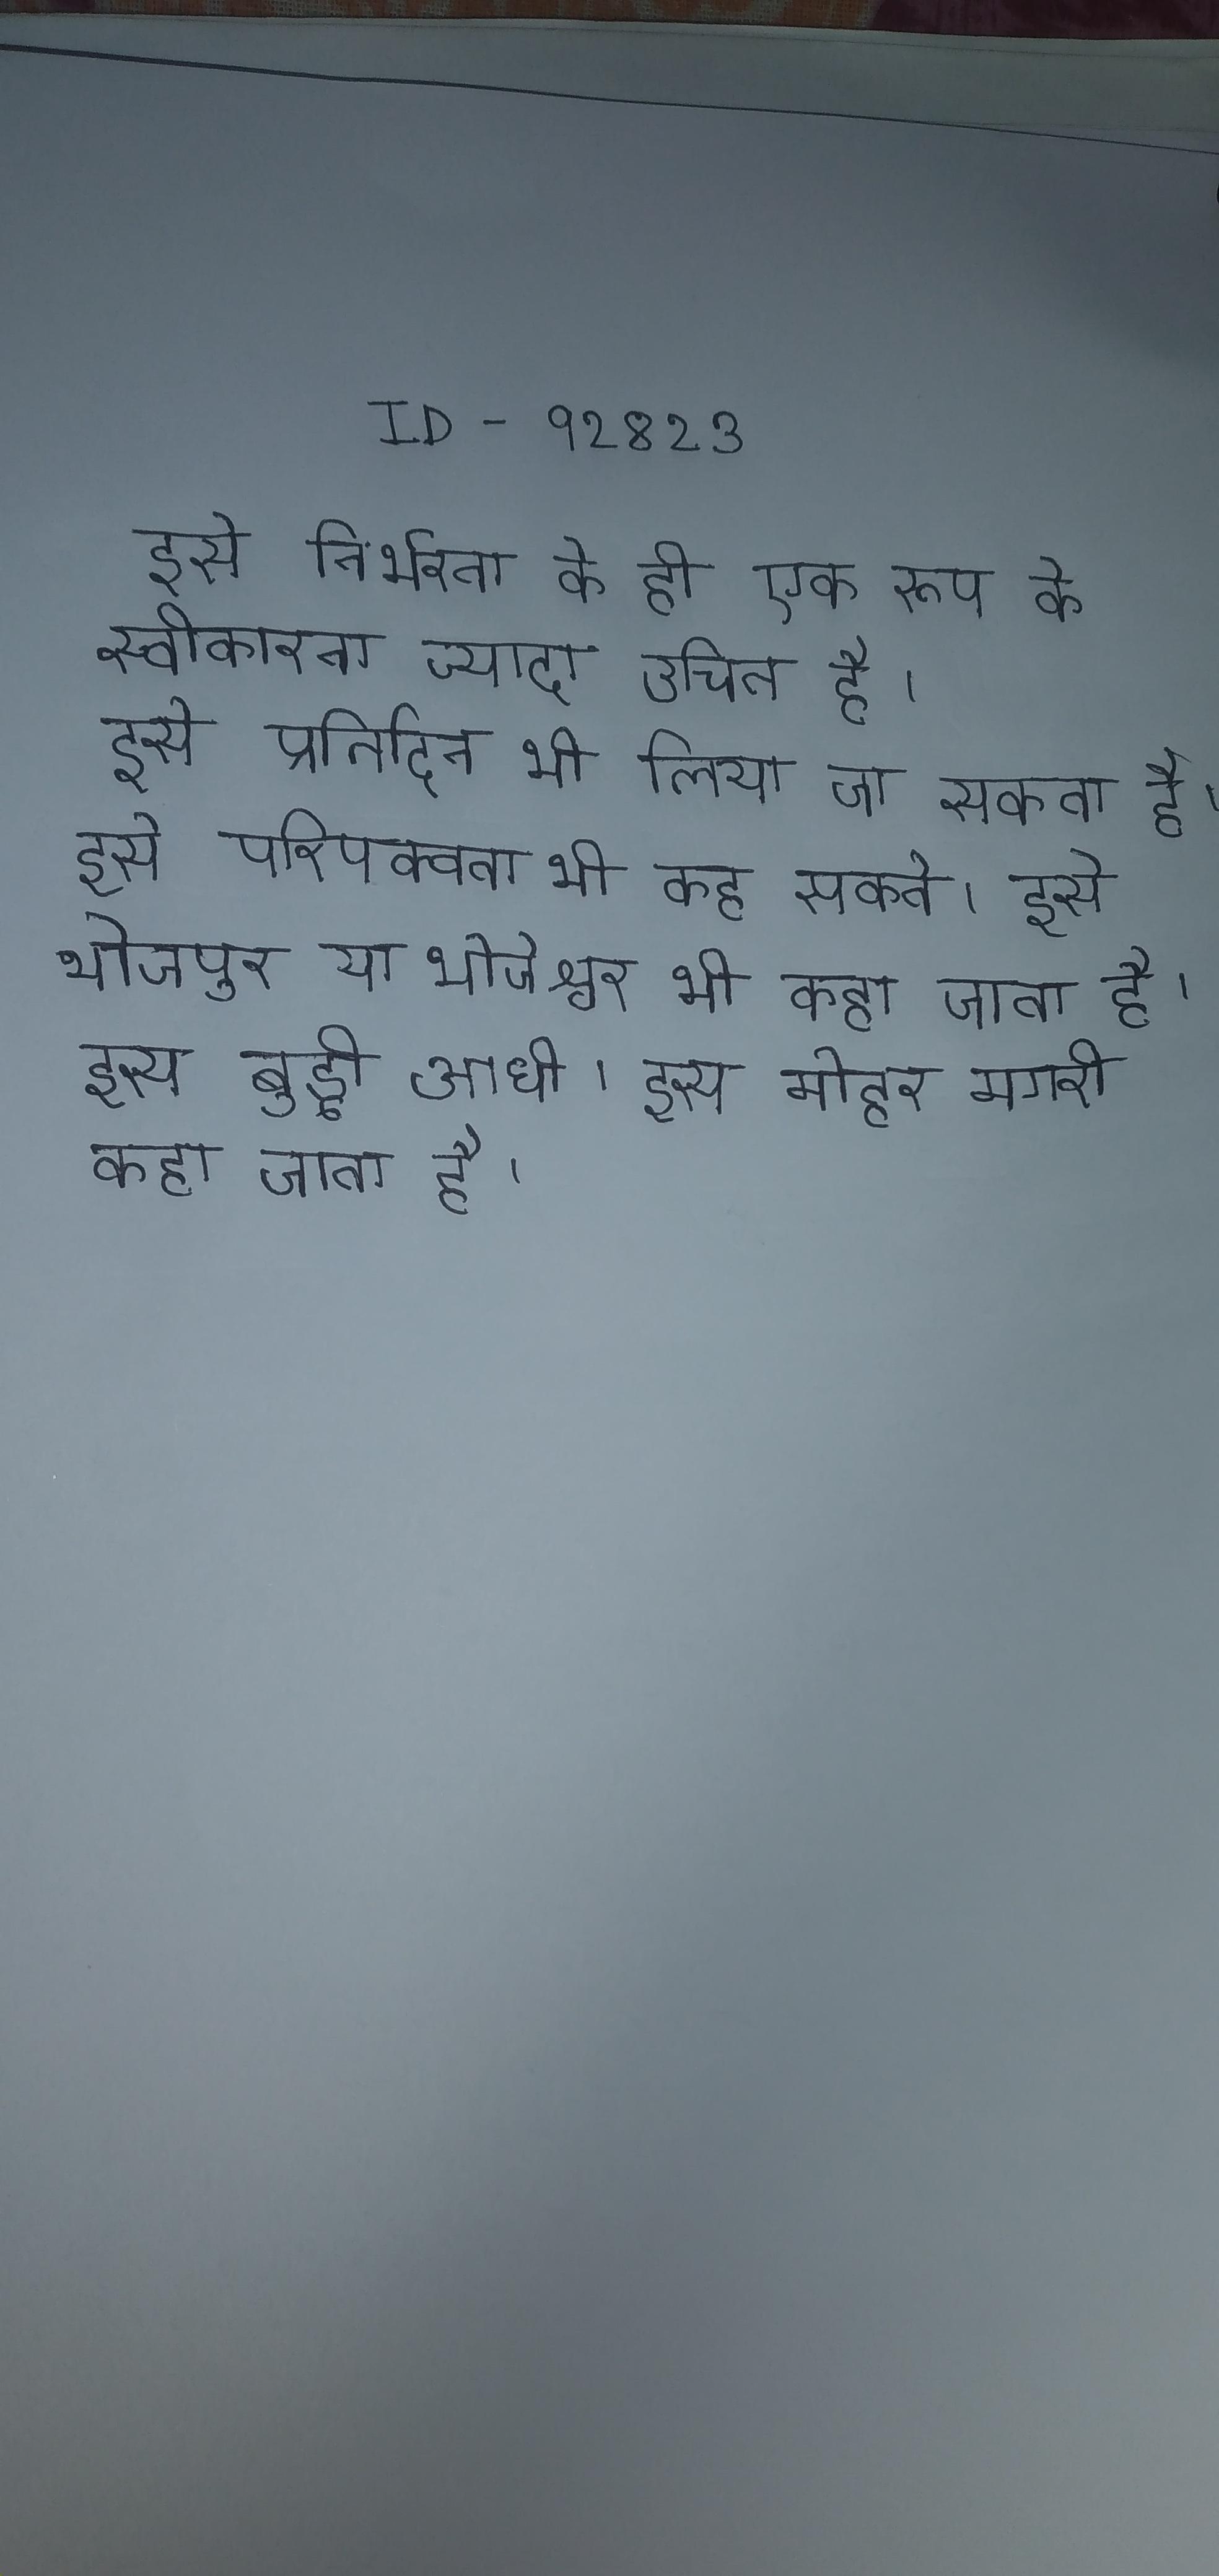
इसे निर्भरता के ही एक रूप के स्वीकारना ज्यादा उचित है । इसे प्रतिदिन भी लिया जा सकता है । इसे परिपक्वता भी कह सकते । इसे भोजपुर या भोजेश्वर भी कहा जाता है । इसे बुड्ढी आधी । इसे मोहर मगरी कहा जाता है ।